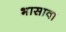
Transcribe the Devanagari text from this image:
भासावा